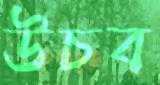
উচব